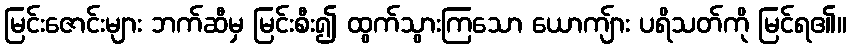
မြင်းဇောင်းများ ဘက်ဆီမှ မြင်းစီး၍ ထွက်သွားကြသော ယောကျ်ား ပရိသတ်ကို မြင်ရ၏။